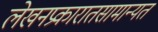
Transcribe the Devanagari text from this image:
लेखनप्रकारातसामान्यत